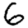
Digit: 6